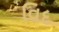
વિદ